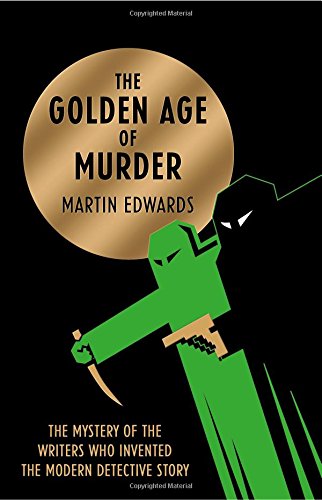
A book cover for The Golden Age of Murder; Martin Edwards; Mystery, Thriller & Suspense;